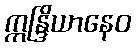
ဣန္ဒြိယာနေဝ